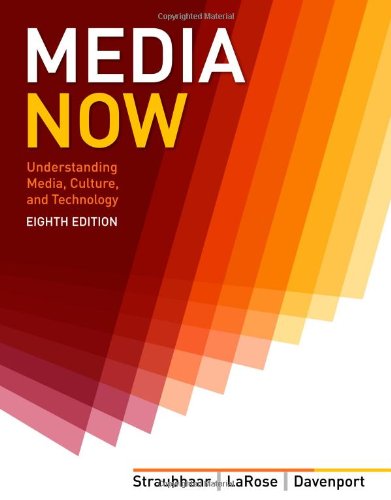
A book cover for Media Now: Understanding Media, Culture, and Technology; Joseph Straubhaar; Business & Money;